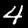
Label: 4